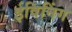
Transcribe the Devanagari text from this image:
ईविनिंग